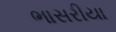
ભાસરીયા